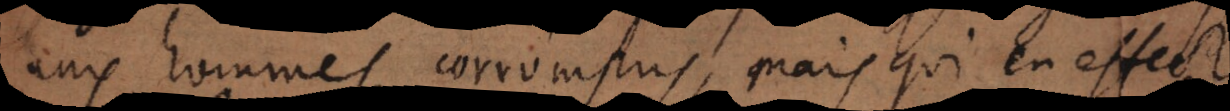
aux hommes corrompus, mais qui en effect